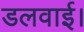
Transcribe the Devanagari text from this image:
डलवाई।